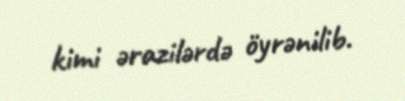
kimi ərazilərdə öyrənilib.